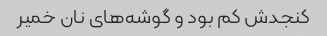
کنجدش کم بود و گوشه‌های نان خمیر